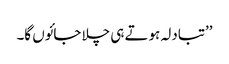
’’تبادلہ ہوتے ہی چلا جائوں گا۔